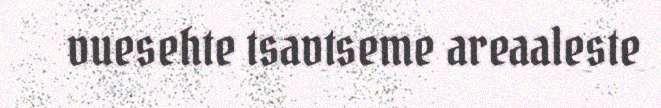
vuesehte tsavtseme areaaleste